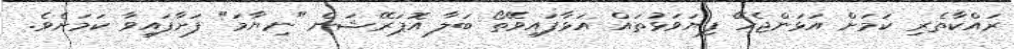
ރައްކާތެރި ކަމަށް އަޅަންޖެހޭ ފިޔަވަޅުތައް އަޅާފައިވޭތޯ ބަލާ އޮޕަރޭޝަން "ނިޔާމަ" ފަށާފައިވާ ކަމަށެވެ.